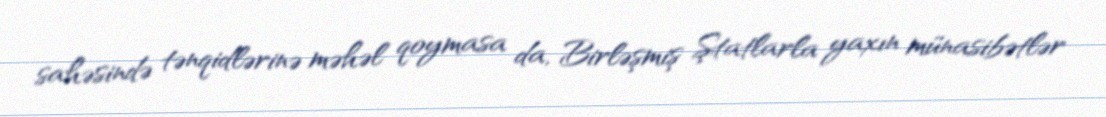
sahəsində tənqidlərinə məhəl qoymasa da, Birləşmiş Ştatlarla yaxın münasibətlər